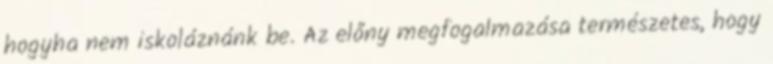
hogyha nem iskoláznánk be. Az előny megfogalmazása természetes, hogy